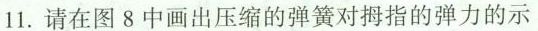
11.请在图8中画出压缩的弹簧对拇指的弹力的示